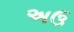
અઉ